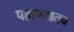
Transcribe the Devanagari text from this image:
पहाण्यातच